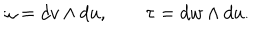
LaTeX: \omega = d v \wedge d u , \quad \quad \tau = d w \wedge d u .